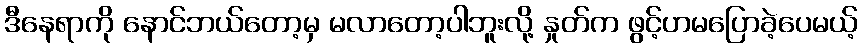
ဒီနေရာကို နောင်ဘယ်တော့မှ မလာတော့ပါဘူးလို့ နှုတ်က ဖွင့်ဟမပြောခဲ့ပေမယ့်